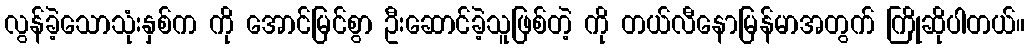
လွန်ခဲ့သောသုံးနှစ်က ကို အောင်မြင်စွာ ဦးဆောင်ခဲ့သူဖြစ်တဲ့ ကို တယ်လီနောမြန်မာအတွက် ကြိုဆိုပါတယ်။